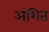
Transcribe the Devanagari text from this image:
अंशित